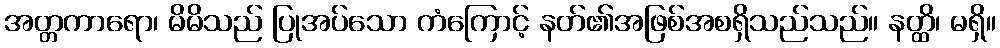
အတ္တကာရော၊ မိမိသည် ပြုအပ်သော ကံကြောင့် နတ်၏အဖြစ်အစရှိသည်သည်။ နတ္ထိ၊ မရှိ။